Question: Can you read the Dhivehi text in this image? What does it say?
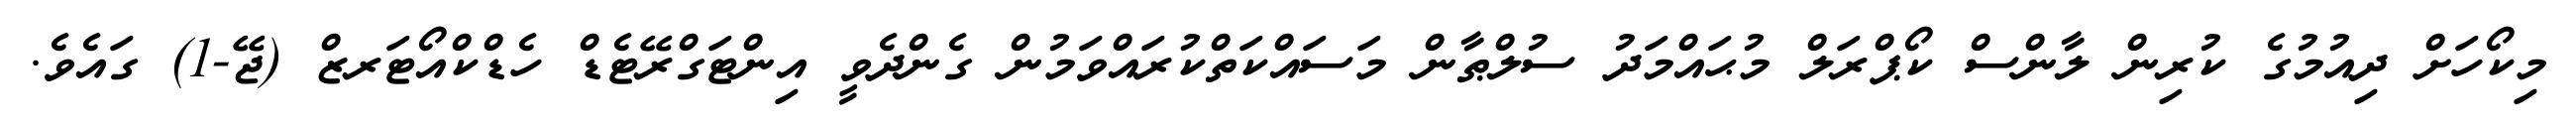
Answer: މިކޯހަށް ދިއުމުގެ ކުރިން ލާންސް ކޯޕްރަލް މުޙައްމަދު ސުލްޠާން މަސައްކަތްކުރައްވަމުން ގެންދެވީ އިންޓަގްރޭޓެޑް ހެޑްކްއޯޓަރޒް (ޖޭ-1) ގައެވެ.